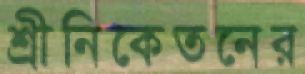
শ্রীনিকেতনের